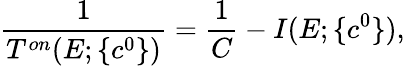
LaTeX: \displaystyle\frac 1{T^{on}(E;\{ c^{0}\} )}=\displaystyle\frac 1C-I(E;\{ c^{0}\} ),